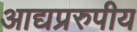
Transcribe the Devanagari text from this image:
आद्यप्ररुपीय